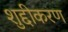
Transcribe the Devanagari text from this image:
शुद्दीकरण